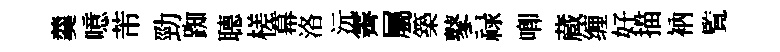
羹噫芾勁踟𦗟槎幕洛沅霽屬築鼕禄唧蔵缠好描衲覧